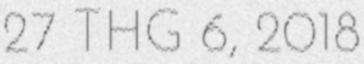
27 THG 6, 2018